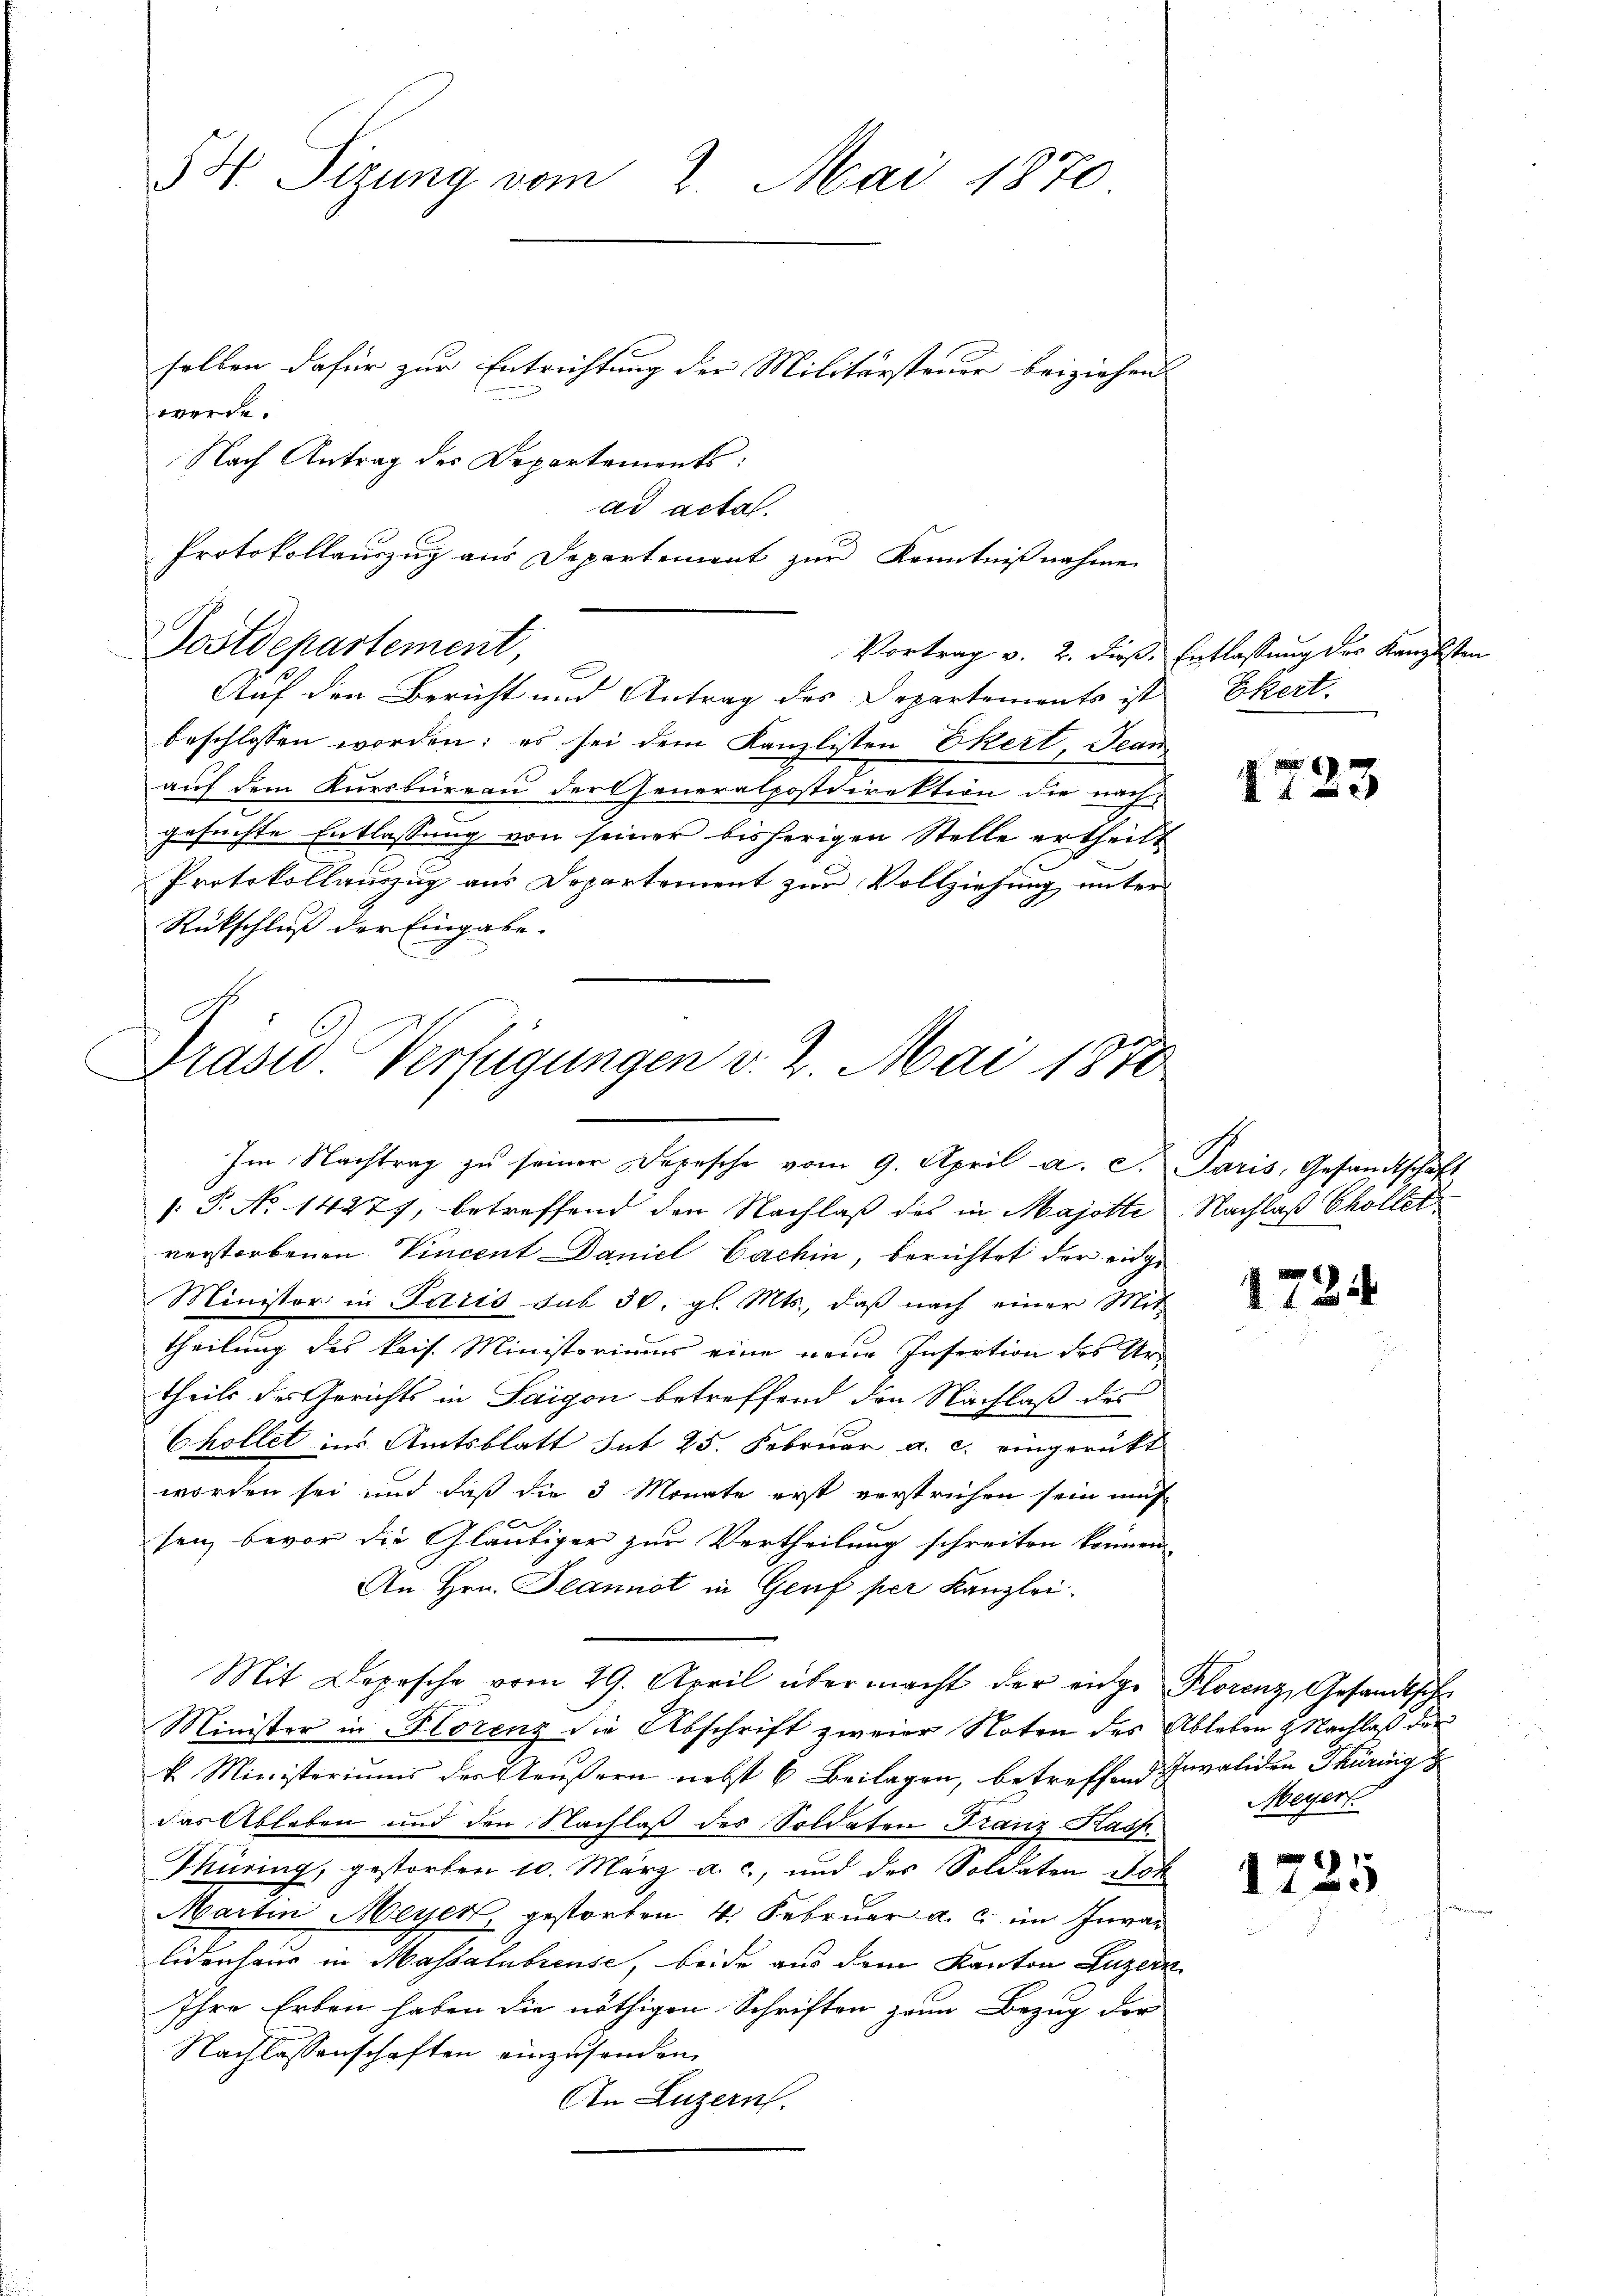
54. Sizung vom 2. Mai 1870
sollen dafür zur Entrichtung der Militärsteuer beiziehen.
werde.

Auf den Bericht und Antrag des Departements ist
beschlossen worden; es sei dem Kanzlisten Ekert, Jean
auf dem Kursbureau der Generalpostdirektion die nach-
gesuchte Entlassung von seiner bisherigen Stelle ertheilt
Protokollauszug aus Departement zur Vollziehung unter
Rückschluß der Eingabe.

Postdepartement,

Nach Antrag des Departements:
ad acta.
Protokollauszug aus Departement zur Kenntnißnahme
Vortrag v. 2. dieß. Entlassung des Kanzlisten

Präsid. Verfügungen v. 2. Mai 1878
Im Nachtrag zŭ seiner Depesche vom 9. April a. S. Paris, Gesandtschaft

: P. No 1427), betreffend den Nachlaß des in Majotte Nachlaß Chollet
verstorbenen Vincent Daniel Cachin, berichtet der einge
Minister in Paris sub 30. gl. Mts., daß nach einer Mit
theilung des kais. Ministeriums eine neue Insertion des Urtheils des Gerichts in Saigon betreffend den Nachlaß des
Chollet ins Amtsblatt dit 25. Februar a. c. eingerückt
worden sei und daß die 3 Monate erst verstrichen sein müs
sen, bevor die Gläubiger zur Vertheilung schreiten können
An Hrn. Plannot in Genf per Kanzlei
Mit Depesche vom 29. April übermacht der eige Plorenz, Gesandtsche
Minister in Florenz die Abschrift zweier Noten des Ableben & Nachlaß der
k. Ministeriums der Aeußern nebst 6 Beilagen, betreffend Invaliden Thüring
das Ableben und den Nachlaß des Soldaten Franz Kasp.
Thüring, gestorben 10. März a. c., und des Soldaten Joh
Martin Meyer, gestorben 4. Februar a. c. im Invar
lidenhaus in Massalubreuse, beide aus dem Kanton Luzern
Ihre Erben haben die nöthigen Schriften zum Bezug der
Nachlassenschaften einzusenden.
An Luzern.

Ekert.

x

1724

Meyert.

1725